Lunatic asylums in Bengal annual reports 1888-1898 - 1888-1898
Year: 1888
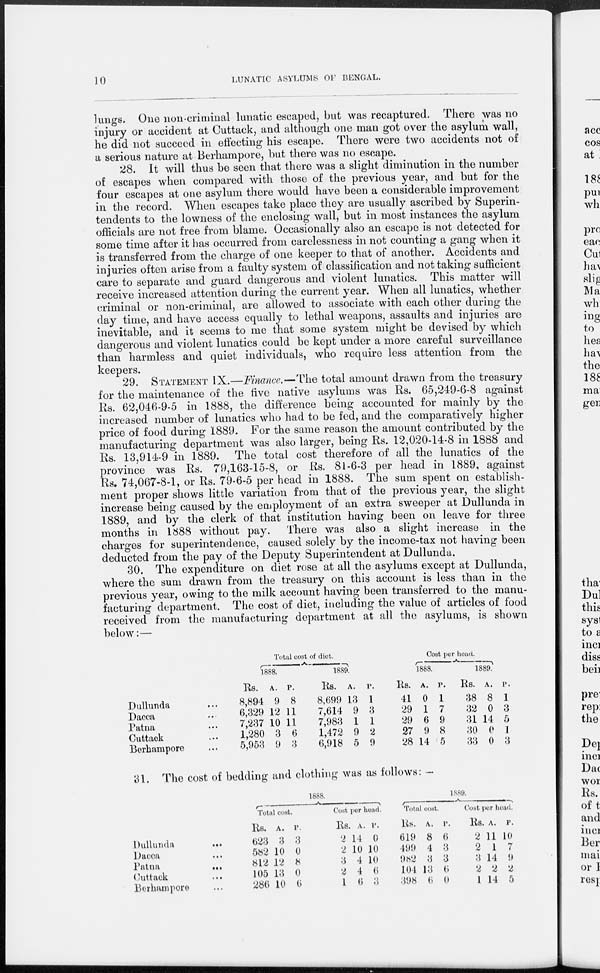
10
LUNATIC ASYLUMS OF BENGAL.
lungs. One non-criminal lunatic escaped, but was recaptured. There was no
injury or accident at Cuttack, and although one man got over the asylum wall,
he did not succeed in effecting his escape. There were two accidents not of
a serious nature at Berhampore, but there was no escape.
28. It will thus be seen that there was a slight diminution in the number
of escapes when compared with those of the previous year, and but for the
four escapes at one asylum there would have been a considerable improvement
in the record. When escapes take place they are usually ascribed by Superin-
tendents to the lowness of the enclosing wall, but in most instances the asylum
officials are not free from blame. Occasionally also an escape is not detected for
some time after it has occurred from carelessness in not counting a gang when it
is transferred from the charge of one keeper to that of another. Accidents and
injuries often arise from a faulty system of classification and not taking sufficient
care to separate and guard dangerous and violent lunatics. This matter will
receive increased attention during the current year. When all lunatics, whether
criminal or non-criminal, are allowed to associate with each other during the
day time, and have access equally to lethal weapons, assaults and injuries are
inevitable, and it seems to me that some system might be devised by which
dangerous and violent lunatics could be kept under a more careful surveillance
than harmless and quiet individuals, who require less attention from the
keepers.
29. STATEMENT IX.—Finance.—The total amount drawn from the treasury
for the maintenance of the five native asylums was Rs. 65,249-6-8 against
Rs. 62,046-9-5 in 1888, the difference being accounted for mainly by the
increased number of lunatics who had to be fed, and the comparatively higher
price of food during 1889. For the same reason the amount contributed by the
manufacturing department was also larger, being Rs. 12,020-14-8 in 1888 and
Rs. 13,914-9 in 1889. The total cost therefore of all the lunatics of the
province was Rs. 79,163-15-8, or Rs. 81-6-3 per head in 1889, against
Rs. 74,067-8-1, or Rs. 79-6-5 per head in 1888. The sum spent on establish-
ment proper shows little variation from that of the previous year, the slight
increase being caused by the employment of an extra sweeper at Dullunda in
1889, and by the clerk of that institution having been on leave for three
months in 1888 without pay.
There was also a slight increase in the
charges for superintendence, caused solely by the income-tax not having been
deducted from the pay of the Deputy Superintendent at Dullunda.
30. The expenditure on diet rose at all the asylums except at Dullunda,
where the sum drawn from the treasury on this account is less than in the
previous year, owing to the milk account having been transferred to the manu-
facturing department. The cost of diet, including the value of articles of food
received from the manufacturing department at all the asylums, is shown
below:—
Dullunda ...
Dacca ...
Patna ...
Cuttack ...
Berhampore ...
Total cost of diet.
1888.
Rs.
8,894
6,329
7,237
1,280
5,953
A.
9
12
10
3
9
P.
8
11
11
6
3
1889.
Rs.
8,699
7,614
7,983
1,472
6,918
A.
13
9
1
9
5
P.
1
3
1
2
9
Cost per head.
1888.
Rs.
41
29
29
27
28
A.
0
1
6
9
14
P.
1
7
9
8
5
1889.
Rs.
38
32
31
30
33
A.
8
0
14
0
0
P.
1
3
5
1
3
31. The cost of bedding and clothing was as follows: —
Dullunda ...
Dacca ...
Patna
...
Cuttack ...
Berhampore ...
1888.
Total cost.
Rs.
623
582
812
105
286
A.
3
10
12
13
10
P.
3
0
8
0
6
Cost per head.
Rs.
2
2
3
2
1
A
14
10
4
4
6
P.
0
10
10
6
3
1889.
Total cost.
Rs.
619
499
982
104
398
A.
8
4
3
13
6
P.
6
3
3
6
0
Cost per head.
Rs.
2
2
3
2
1
A.
11
1
14
2
14
P.
10
7
9
2
5